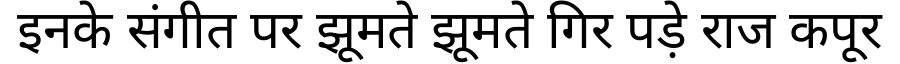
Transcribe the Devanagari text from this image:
इनके संगीत पर झूमते झूमते गिर पड़े राज कपूर